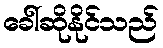
ခေါ်ဆိုနိုင်သည်